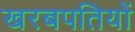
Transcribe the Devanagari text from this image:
खरबपतियों